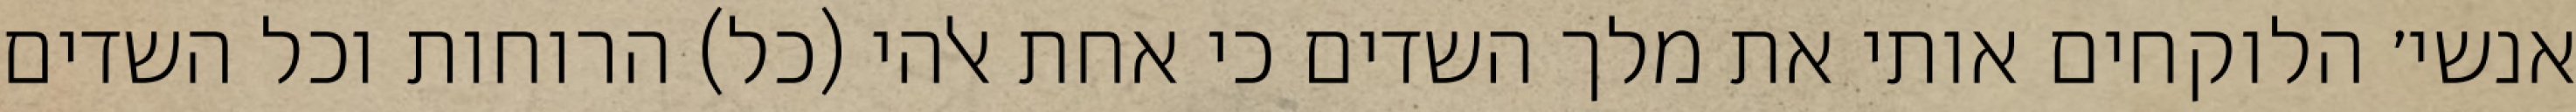
אנשי׳ הלוקחים אותי את מלך השדים כי אחת אלהי (כל) הרוחות וכל השדים